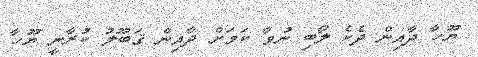
ޔޫހާ ދާއިން ދެކެ ލޯބި ނުވާ ކަމަށް ދާއިން ޤަބޫލު ކުރާނީ ޔޫހާ